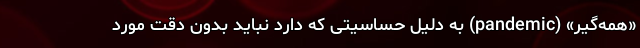
«همه‌گیر» (pandemic) به دلیل حساسیتی که دارد نباید بدون دقت مورد